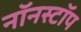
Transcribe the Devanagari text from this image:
नॉनस्‍टॉप